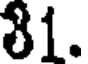
81.